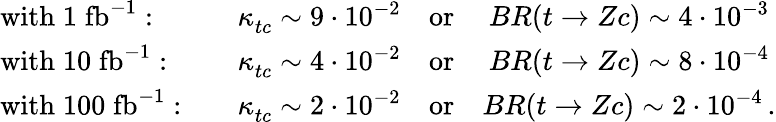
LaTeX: \begin{array}{lcc}{{\mathrm{with}\; 1\; \mathrm{fb^{-1}}:\quad}}&{{\kappa_{tc}^{}\sim 9\cdot 10^{-2}\quad\mathrm{or}}}&{{BR(t\rightarrow Zc)\sim 4\cdot 10^{-3}}}\\ {{\mathrm{with}\; 10\; \mathrm{fb^{-1}}:\quad}}&{{\kappa_{tc}^{}\sim 4\cdot 10^{-2}\quad\mathrm{or}}}&{{BR(t\rightarrow Zc)\sim 8\cdot 10^{-4}}}\\ {{\mathrm{with}\; 100\; \mathrm{fb^{-1}}:\quad}}&{{\kappa_{tc}^{}\sim 2\cdot 10^{-2}\quad\mathrm{or}}}&{{BR(t\rightarrow Zc)\sim 2\cdot 10^{-4}\, .}}\end{array}